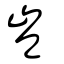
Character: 豈